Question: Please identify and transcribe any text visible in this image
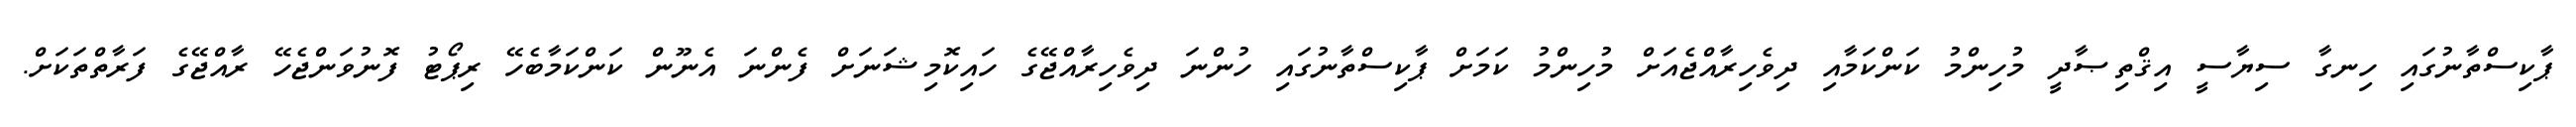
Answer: ޕާކިސްތާނުގައި ހިނގާ ސިޔާސީ އިޤްތިޞާދީ މުހިންމު ކަންކަމާއި ދިވެހިރާއްޖެއަށް މުހިންމު ކަމަށް ޕާކިސްތާނުގައި ހުންނަ ދިވެހިރާއްޖޭގެ ހައިކޮމިޝަނަށް ފެންނަ އެނޫން ކަންކަމާބެހޭ ރިޕޯޓު ފޮނުވަންޖެހޭ ރާއްޖޭގެ ފަރާތްތަކަށް.